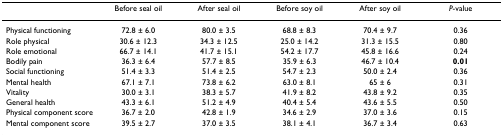
|  | Before seal oil | After seal oil | Before soy oil | After soy oil | P-value |
 | --- | --- | --- | --- | --- | --- |
 | Physical functioning | 72.8 ± 6.0 | 80.0 ± 3.5 | 68.8 ± 8.3 | 70.4 ± 9.7 | 0.36 |
 | Role physical | 30.6 ± 12.3 | 34.3 ± 12.5 | 25.0 ± 14.2 | 31.3 ± 15.5 | 0.80 |
 | Role emotional | 66.7 ± 14.1 | 41.7 ± 15.1 | 54.2 ± 17.7 | 45.8 ± 16.6 | 0.24 |
 | Bodily pain | 36.3 ± 6.4 | 57.7 ± 8.5 | 35.9 ± 6.3 | 46.7 ± 10.4 | 0.01 |
 | Social functioning | 51.4 ± 3.3 | 51.4 ± 2.5 | 54.7 ± 2.3 | 50.0 ± 2.4 | 0.36 |
 | Mental health | 67.1 ± 7.1 | 73.8 ± 6.2 | 63.0 ± 8.1 | 65 ± 6 | 0.31 |
 | Vitality | 30.0 ± 3.1 | 38.3 ± 5.7 | 41.9 ± 8.2 | 43.8 ± 9.2 | 0.35 |
 | General health | 43.3 ± 6.1 | 51.2 ± 4.9 | 40.4 ± 5.4 | 43.6 ± 5.5 | 0.50 |
 | Physical component score | 36.7 ± 2.0 | 42.8 ± 1.9 | 34.6 ± 2.9 | 37.0 ± 3.6 | 0.15 |
 | Mental component score | 39.5 ± 2.7 | 37.0 ± 3.5 | 38.1 ± 4.1 | 36.7 ± 3.4 | 0.63 |